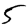
Digit: 5